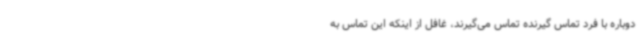
دوباره با فرد تماس گیرنده تماس می‌گیرند، غافل از اینکه این تماس‌ به